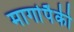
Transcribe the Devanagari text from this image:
मार्गापैकी